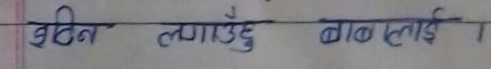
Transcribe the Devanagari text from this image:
बढिन लगाउँछु बाद लाई ।